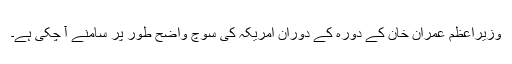
وزیراعظم عمران خان کے دورہ کے دوران امریکہ کی سوچ واضح طور پر سامنے آ چکی ہے۔